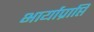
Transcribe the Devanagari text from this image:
भार्याप्राप्ति